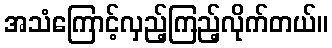
အသံကြောင့်လှည့်ကြည့်လိုက်တယ်။